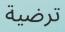
ترضية